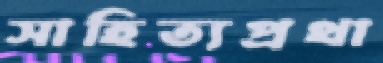
সাহিত্যপ্রথা